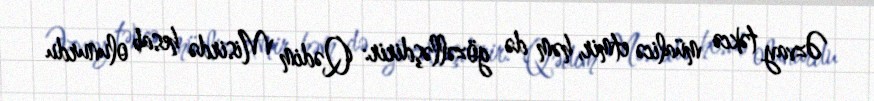
Əzvay təkcə müalicə etmir, həm də gözəlləşdirir: Qədim Misirdə hesab olunurdu